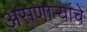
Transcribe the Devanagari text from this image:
असणाऱ्यांचे